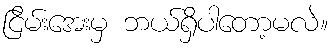
ငြိမ်းအေးမှ ဘယ်ရှိပါတော့မလဲ။